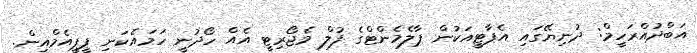
އަބްދުއްރަހީމް: ދުނިޔޭގައި އެޕާޓީއަކުން ޕާލެމެންޓްގެ ފުލް މެޖޯރިޓީ އެއް ހޯދުނީ ހަމައެކަނި ޕީޕީއެމްއިން.